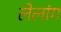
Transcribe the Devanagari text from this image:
लेलांग